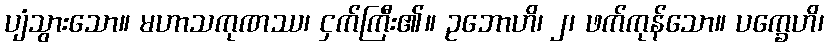
ပျံသွားသော။ မဟာသကုဏဿ၊ ငှက်ကြီး၏။ ဥဘောဟိ၊ ၂၊ ဖက်ကုန်သော။ ပက္ခေဟိ၊